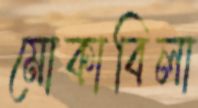
মোকাবিলা